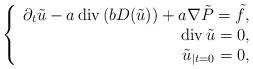
LaTeX: \begin{align*}\left\{\begin{array}[c]{r}\partial_{t}\tilde{u}-a\operatorname{div}\left( bD(\tilde{u})\right)+a\nabla\tilde{P}=\tilde{f},\\\operatorname{div}\tilde{u}=0,\\\tilde{u}_{|t=0}=0,\end{array}\right. \end{align*}